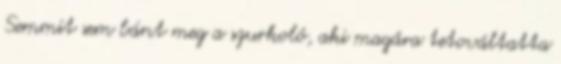
Semmit sem bánt meg a szurkoló, aki magára tetováltatta